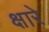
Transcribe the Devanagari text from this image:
क्षारे